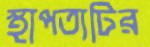
স্থাপত্যটির